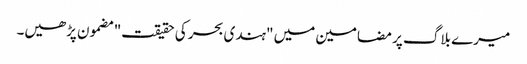
میرے بلاگ پر مضامین میں "ہندی بحر کی حقیقت" مضمون پڑھیں۔